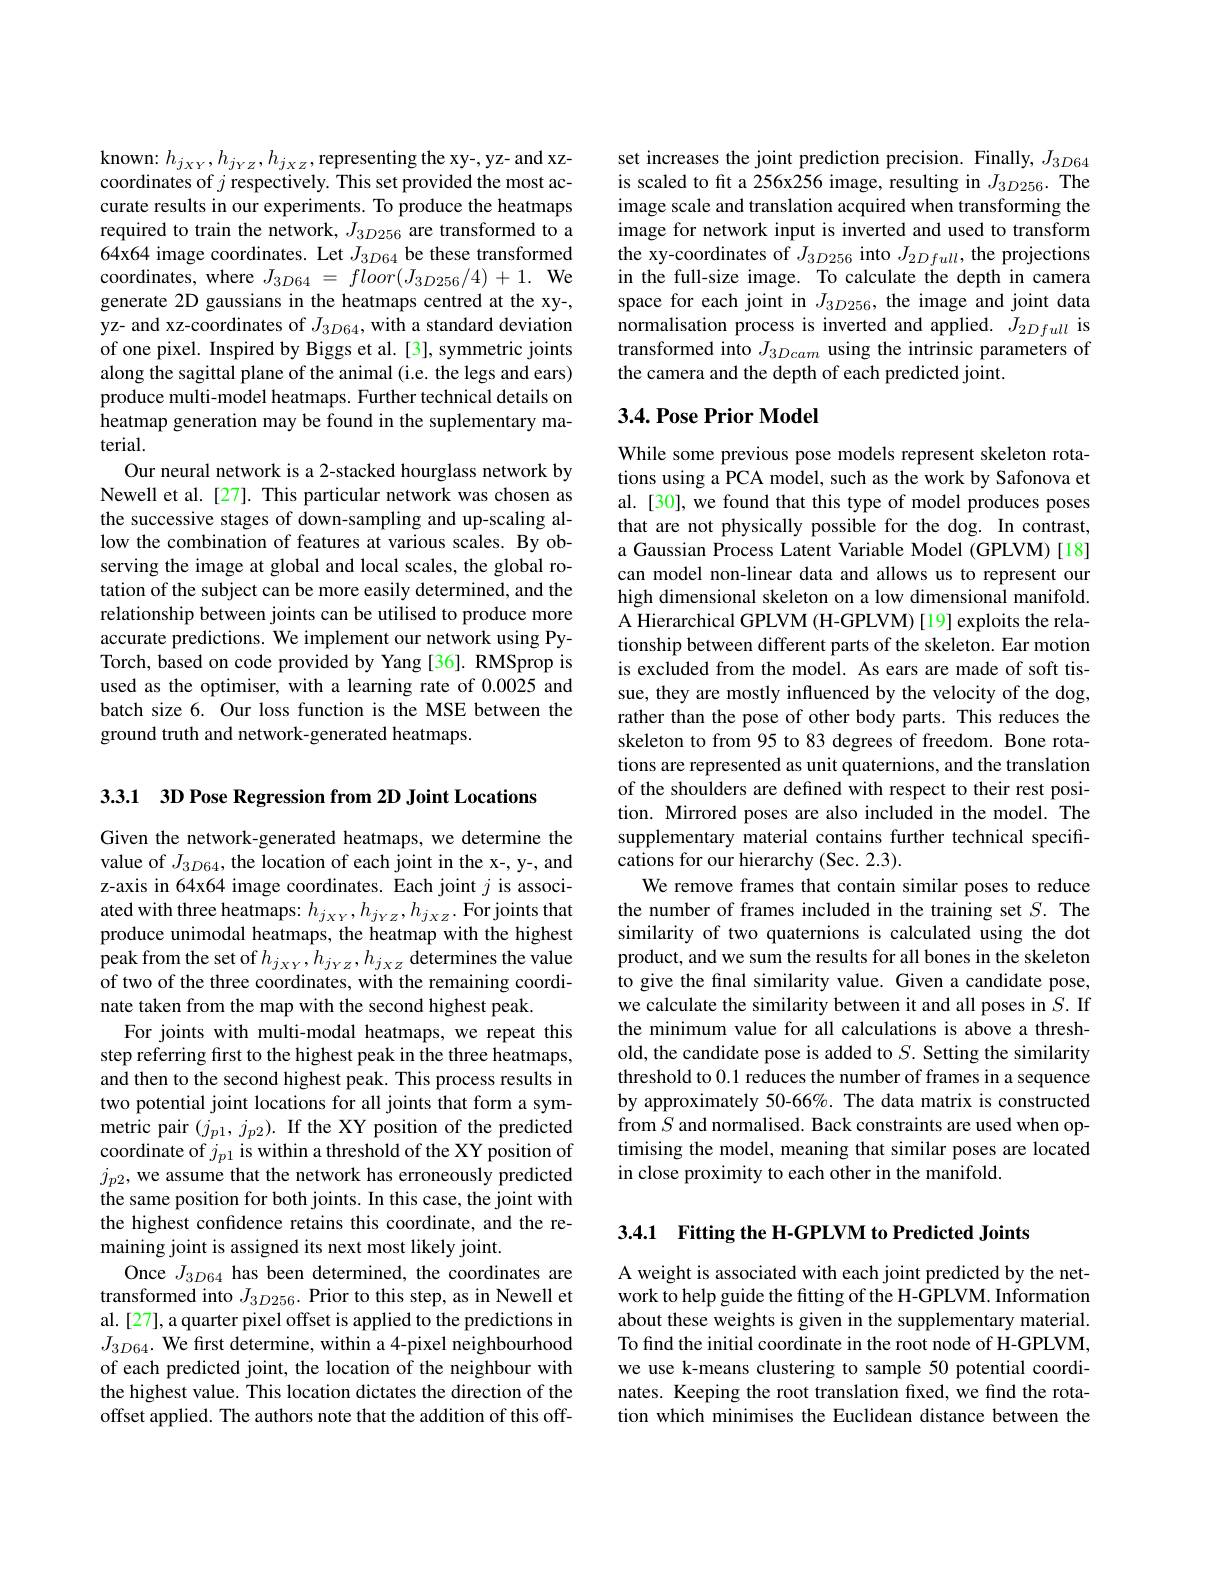
known: $h_{j_{XY}},h_{j_{YZ}},h_{j_{XZ}}$,representing the xy-, yz- and xzcoordinates of $j$ respectively. This set provided the most accurate results in our experiments. To produce the heatmaps required to train the network, $J_{3D256}$ are transformed to a 64x64 image coordinates. Let $J_{3D64}$ be these transformed coordinates, where $J_{3D64}=floor(J_{3D256}/4)+1.$ We generate 2D gaussians in the heatmaps centred at the xy-, yz- and xz-coordinates of $J_{3D64}$, with a standard deviation of one pixel. Inspired by Biggs et al. [3], symmetric joints along the sagittal plane of the animal (i.e. the legs and ears) produce multi-model heatmaps. Further technical details on heatmap generation may be found in the suplementary material.
Our neural network is a 2-stacked hourglass network by Newell et al. [27]. This particular network was chosen as the successive stages of down-sampling and up-scaling allow the combination of features at various scales. By observing the image at global and local scales, the global rotation of the subject can be more easily determined, and the relationship between joints can be utilised to produce more accurate predictions. We implement our network using PyTorch, based on code provided by Yang [36]. RMSprop is used as the optimiser, with a learning rate of 0.0025 and batch size 6. Our loss function is the MSE between the ground truth and network-generated heatmaps.

3.3.1 3D Pose Regression from 2D Joint Locations

Given the network-generated heatmaps, we determine the value of $J_{3D64}$,the location of each joint in the x-, y-, and z-axis in 64x64 image coordinates. Each joint $j$ is associated with three heatmaps: $h_{j_XY},h_{j_YZ},h_{j_XZ}.$ For joints that produce unimodal heatmaps, the heatmap with the highest peak from the set of $h_{j_{XY}},h_{j_{YZ}},h_{j_{XZ}}$ determines the value of two of the three coordinates, with the remaining coordinate taken from the map with the second highest peak.
For joints with multi-modal heatmaps, we repeat this step referring first to the highest peak in the three heatmaps, and then to the second highest peak. This process results in two potential joint locations for all joints that form a symmetric pair $(j_{p1},j_{p2}).$ If the XY position of the predicted coordinate of $j_{p1}$ is within a threshold of the XY position of $j_{p2}$, we assume that the network has erroneously predicted the same position for both joints. In this case, the joint with the highest confidence retains this coordinate, and the remaining joint is assigned its next most likely joint.
Once $J_{3D64}$ has been determined, the coordinates are transformed into $J_{3D256}.$ Prior to this step, as in Newell et al. [27], a quarter pixel offset is applied to the predictions in $J_{3D64}.$ We first determine, within a 4-pixel neighbourhood of each predicted joint, the location of the neighbour with the highest value. This location dictates the direction of the offset applied. The authors note that the addition of this off-

set increases the joint prediction precision. Finally, $J_{3D64}$ is scaled to fit a 256x256 image, resulting in $J_{3D256}.$ The image scale and translation acquired when transforming the image for network input is inverted and used to transform the xy-coordinates of $J_{3D256}$ into $J_{2Dfull}$, the projections in the full-size image. To calculate the depth in camera space for each joint in $J_{3D256}$, the image and joint data normalisation process is inverted and applied. $J_{2Dfull}$ is transformed into $J_{3Dcam}$ using the intrinsic parameters of the camera and the depth of each predicted joint.

### $3. 4. \textbf{Pose Prior Model}$

While some previous pose models represent skeleton rotations using a PCA model, such as the work by Safonova et al. [30], we found that this type of model produces poses that are not physically possible for the dog. In contrast, a Gaussian Process Latent Variable Model (GPLVM)[18] can model non-linear data and allows us to represent our high dimensional skeleton on a low dimensional manifold. A Hierarchical GPLVM (H-GPLVM) [19] exploits the relationship between different parts of the skeleton. Ear motion is excluded from the model. As ears are made of soft tissue, they are mostly influenced by the velocity of the dog, rather than the pose of other body parts. This reduces the skeleton to from 95 to 83 degrees of freedom. Bone rotations are represented as unit quaternions, and the translation of the shoulders are defined with respect to their rest position. Mirrored poses are also included in the model. The supplementary material contains further technical specifications for our hierarchy (Sec. 2.3).
We remove frames that contain similar poses to reduce the number of frames included in the training set $S.$ The similarity of two quaternions is calculated using the dot product, and we sum the results for all bones in the skeleton to give the final similarity value. Given a candidate pose, we calculate the similarity between it and all poses in $S.$ If the minimum value for all calculations is above a threshold, the candidate pose is added to $S.$ Setting the similarity threshold to 0.1 reduces the number of frames in a sequence by approximately 50-66%. The data matrix is constructed from $S$ and normalised. Back constraints are used when optimising the model, meaning that similar poses are located in close proximity to each other in the manifold.

3.4.1 Fitting the H-GPLVM to Predicted Joints

A weight is associated with each joint predicted by the network to help guide the fitting of the H-GPLVM. Information about these weights is given in the supplementary material. To find the initial coordinate in the root node of H-GPLVM, we use k-means clustering to sample 50 potential coordinates. Keeping the root translation fxed, we find the rotation which minimises the Euclidean distance between the